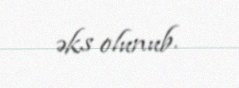
əks olunub.